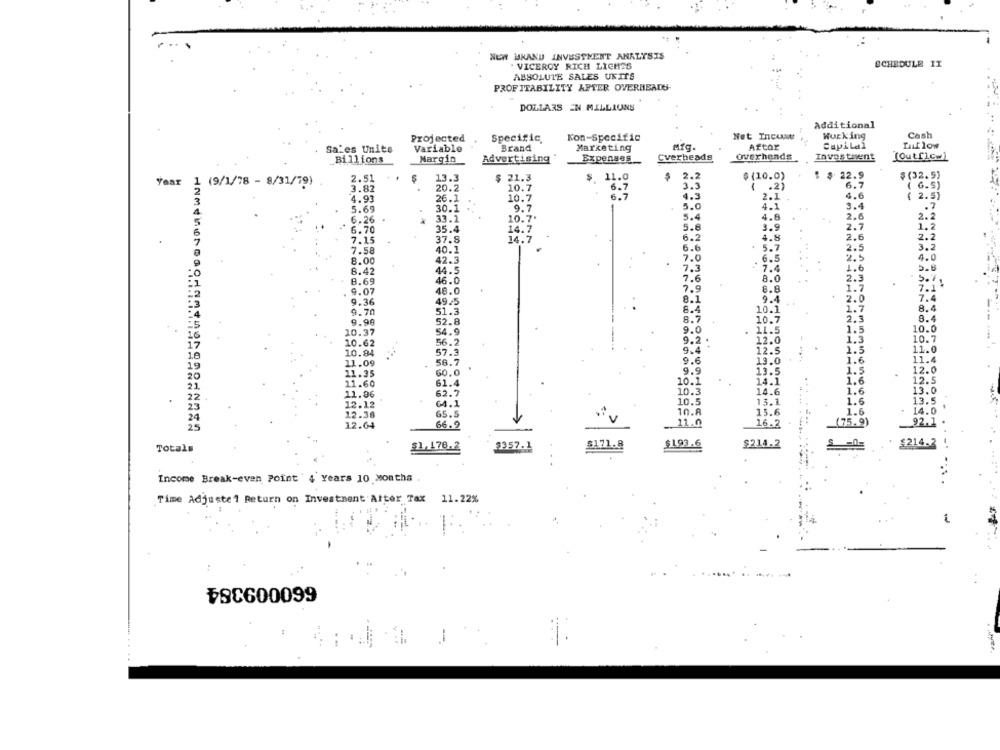
NEW HRAND INVESTMENT ANALYSIS
. VICEROY RICH LICHSS
SCHEDULE II
ABSOLUTE SALES UNITS
PROFITABILITY AFTER OVERHEADS-
DOLLARS EN MILLIONS
Additional
Net Incuatt
Working
Cash
Projected
Specific.
Kon-Specific
Sales Units
Variable
Brand
Marketing
MIq.
Aftor
Capital
Til low
Expenses
Cverheads
overheads
Investment
[Outflow)
Billions
Margin
Advertising
2.51
$
13.3
$ 21.3
$ 11.0
$
2.2
$ (10.0)
: $ 22.9
$ (32.5)
Year
1 (9/1/78 - 8/31/19)
3.82
20.2
10.7
6.7
3.3
1 . 21
6.7
( G.S)
6.7
4.3
2.1
4.6
( 2.5)
4.93
26.1
10.7
5.69
30.1
9.7
5.0
4.1
3.4
.7
33.1
MNAHM
10.7'
5.4
4.8
2.6
2.2
6.26
5.6
2.7
1.2
6.70
35.4
14.7
3.9
7.15
37.8
14.7
6.2
4.8
2.6
2.2
6.6
5.7
3.2
7.58
40.1
7.0
8.00
42.3
6.5
2.5
4.0
8.42
44.5
7.3
7.4
1.6
2.8
7.6
8.0
2.3
5.7
8.69
46.0
9.07
48.0
8.8
1.7
7.1
9.36
49.5
9.4
2.0
7.4
1.7
8.4
9.70
51.3
10.1
9.99
52.8
10.7
2.3
8.4
54.9
9.0
11.5
10.0
10.37
1.5
10.62
56.2
9.2
12.0
1.3
10.7
10.84
57.3
9.4
12.5
1.3
11.0
58.7
9.6
13.0
11.4
11.09
1.6
11.35
60.0
9.9
13.5
1.5
12.0
11.60
61.4
10.1
14.1
1.6
12.5
10.3
14.6
1.6
13.0
11.86
62.7
12.12
64.1
10.5
13.1
1.6
65.5
10.8
15.6
1.6
14.0
12.38
12.64
66.9
11.0
16.2
(75.9)
Totals
$1,178.2
$357.1
$171.8
$193.6
$214.2
$214.7
Income Break-even Point ' 4 Years 10 Months
Time Adjuste1 Return on Investment After Tax 11.22%
₱8C600099
-